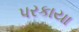
પરકાયા